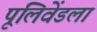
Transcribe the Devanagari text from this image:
पूलिवेंडला